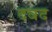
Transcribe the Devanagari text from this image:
दवद